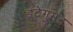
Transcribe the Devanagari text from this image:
इंटेगुमंट